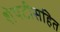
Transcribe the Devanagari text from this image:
शेपटीसहित